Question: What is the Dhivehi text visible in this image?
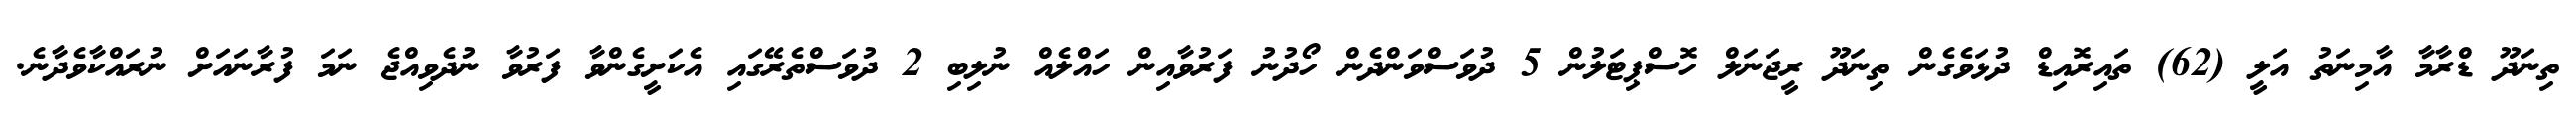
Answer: ތިނަދޫ ޑްރާމާ އާމިނަތު އަލީ (62) ތައިރޮއިޑް ދުޅަވެގެން ތިނަދޫ ރީޖަނަލް ހޮސްޕިޓަލުން 5 ދުވަސްވަންދެން ހޯދުނު ފަރުވާއިން ހައްލެއް ނުލިބި 2 ދުވަސްތެރޭގައި އެކަށީގެންވާ ފަރުވާ ނުދެވިއްޖެ ނަމަ ފުރާނައަށް ނުރައްކާވެދާނެ.